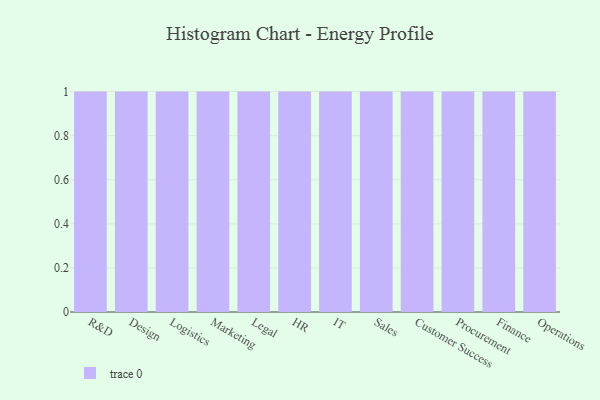
{"axis": {"x": "Department", "y": "Headcount"}, "legend": [""], "data": [{"x": "R&D", "y": 86, "type": ""}, {"x": "Design", "y": 83, "type": ""}, {"x": "Logistics", "y": 45, "type": ""}, {"x": "Marketing", "y": 93, "type": ""}, {"x": "Legal", "y": 16, "type": ""}, {"x": "HR", "y": 53, "type": ""}, {"x": "IT", "y": 52, "type": ""}, {"x": "Sales", "y": 25, "type": ""}, {"x": "Customer Success", "y": 76, "type": ""}, {"x": "Procurement", "y": 29, "type": ""}, {"x": "Finance", "y": 80, "type": ""}, {"x": "Operations", "y": 80, "type": ""}]}